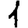
Digit: 1